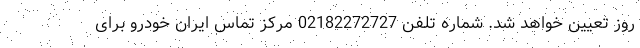
روز تعیین خواهد شد. شماره تلفن 02182272727 مرکز تماس ایران خودرو برای